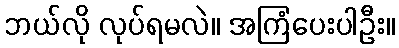
ဘယ်လို လုပ်ရမလဲ။ အကြံပေးပါဦး။